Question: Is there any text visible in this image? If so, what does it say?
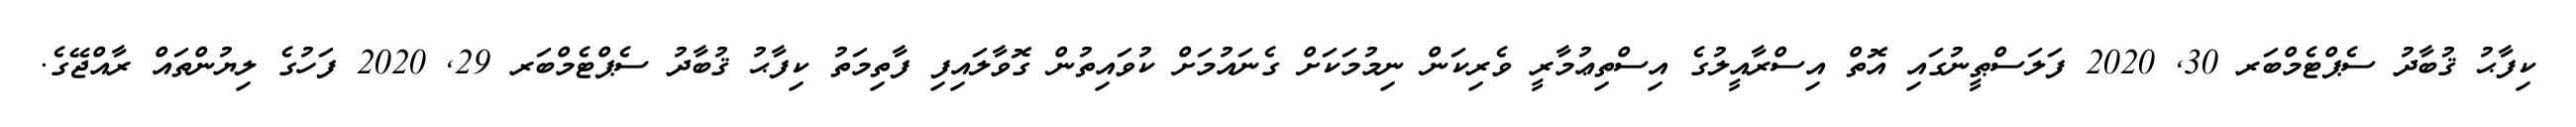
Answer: ކިފާޙު ޤުބާދު ސެޕްޓެމްބަރ 30, 2020 ފަލަސްޠީނުގައި އޮތް އިސްރާއީލުގެ އިސްތިޢުމާރީ ވެރިކަން ނިމުމަކަށް ގެނައުމަށް ކުވައިތުން ގޮވާލައިފި ފާތިމަތު ކިފާޙު ޤުބާދު ސެޕްޓެމްބަރ 29, 2020 ފަހުގެ ލިޔުންތައް ރާއްޖޭގެ.